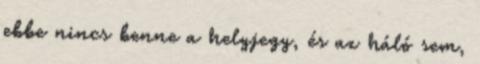
ebbe nincs benne a helyjegy, és az háló sem,